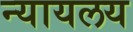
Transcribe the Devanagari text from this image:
न्‍यायलय